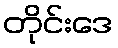
တိုင်းဒေ